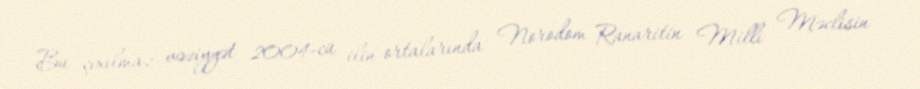
Bu çıxılmaz vəziyyət 2004-cü ilin ortalarında Norodom Ranaritin Milli Məclisin